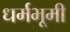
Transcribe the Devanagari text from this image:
धर्मभूमी